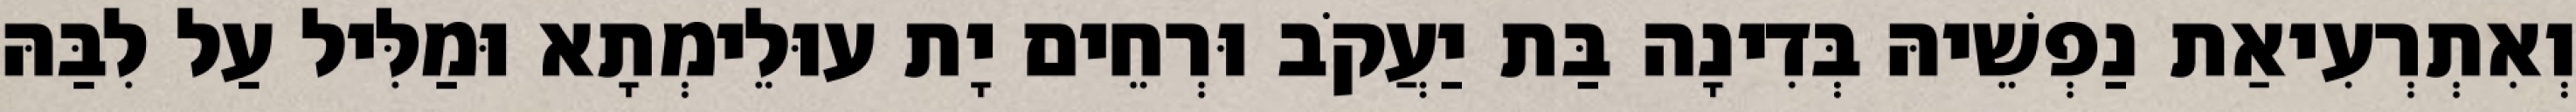
וְאִתְרְעִיאַת נַפְשֵׁיהּ בְּדִינָה בַּת יַעֲקֹב וּרְחֵים יָת עוּלֵימְתָא וּמַלִּיל עַל לִבַּהּ